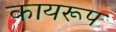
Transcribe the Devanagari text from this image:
कायरूप